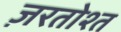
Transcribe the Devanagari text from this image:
ज़रतोश्त